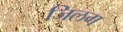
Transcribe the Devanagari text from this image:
जिलग